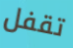
تقفل